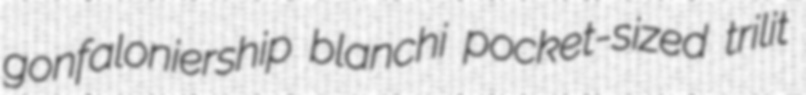
gonfaloniership blanchi pocket-sized trilit